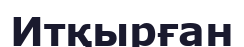
Итқырған